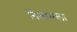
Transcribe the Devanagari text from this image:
निजामला